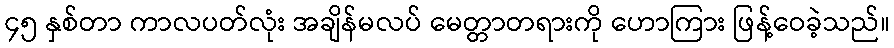
၄၅ နှစ်တာ ကာလပတ်လုံး အချိန်မလပ် မေတ္တာတရားကို ဟောကြား ဖြန့်ဝေခဲ့သည်။